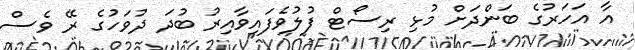
އާ އަހަރުގެ ބަންދަށް މުޅި ރިސޯޓް ފުލުވެފައިވާއިރު ބުދަ ދުވަހުގެ ރޭ ވެސް